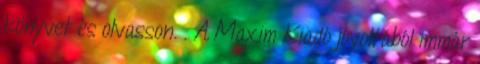
könyvet és olvasson. . A Maxim Kiadó jóvoltából immár